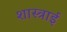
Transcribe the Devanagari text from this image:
शास्त्राई